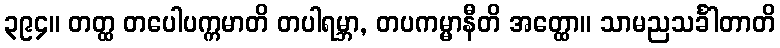
၃၉၄။ တတ္ထ တပေါပက္ကမာတိ တပါရမ္ဘာ, တပကမ္မာနီတိ အတ္ထော။ သာမညသင်္ခါတာတိ